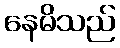
နေမိသည်